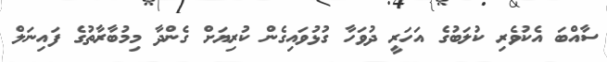
ސާއްބަ އެކުވެރި ކުލަބުގެ އަހަރީ ދުވަހާ ގުޅުވައިގެން ކުރިޔަށް ގެންދާ މިމުބާރާތުގެ ފައިނަލް